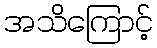
အသိကြောင့်